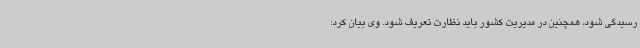
رسیدگی شود، همچنین در مدیریت کشور باید نظارت تعریف شود. وی بیان کرد: